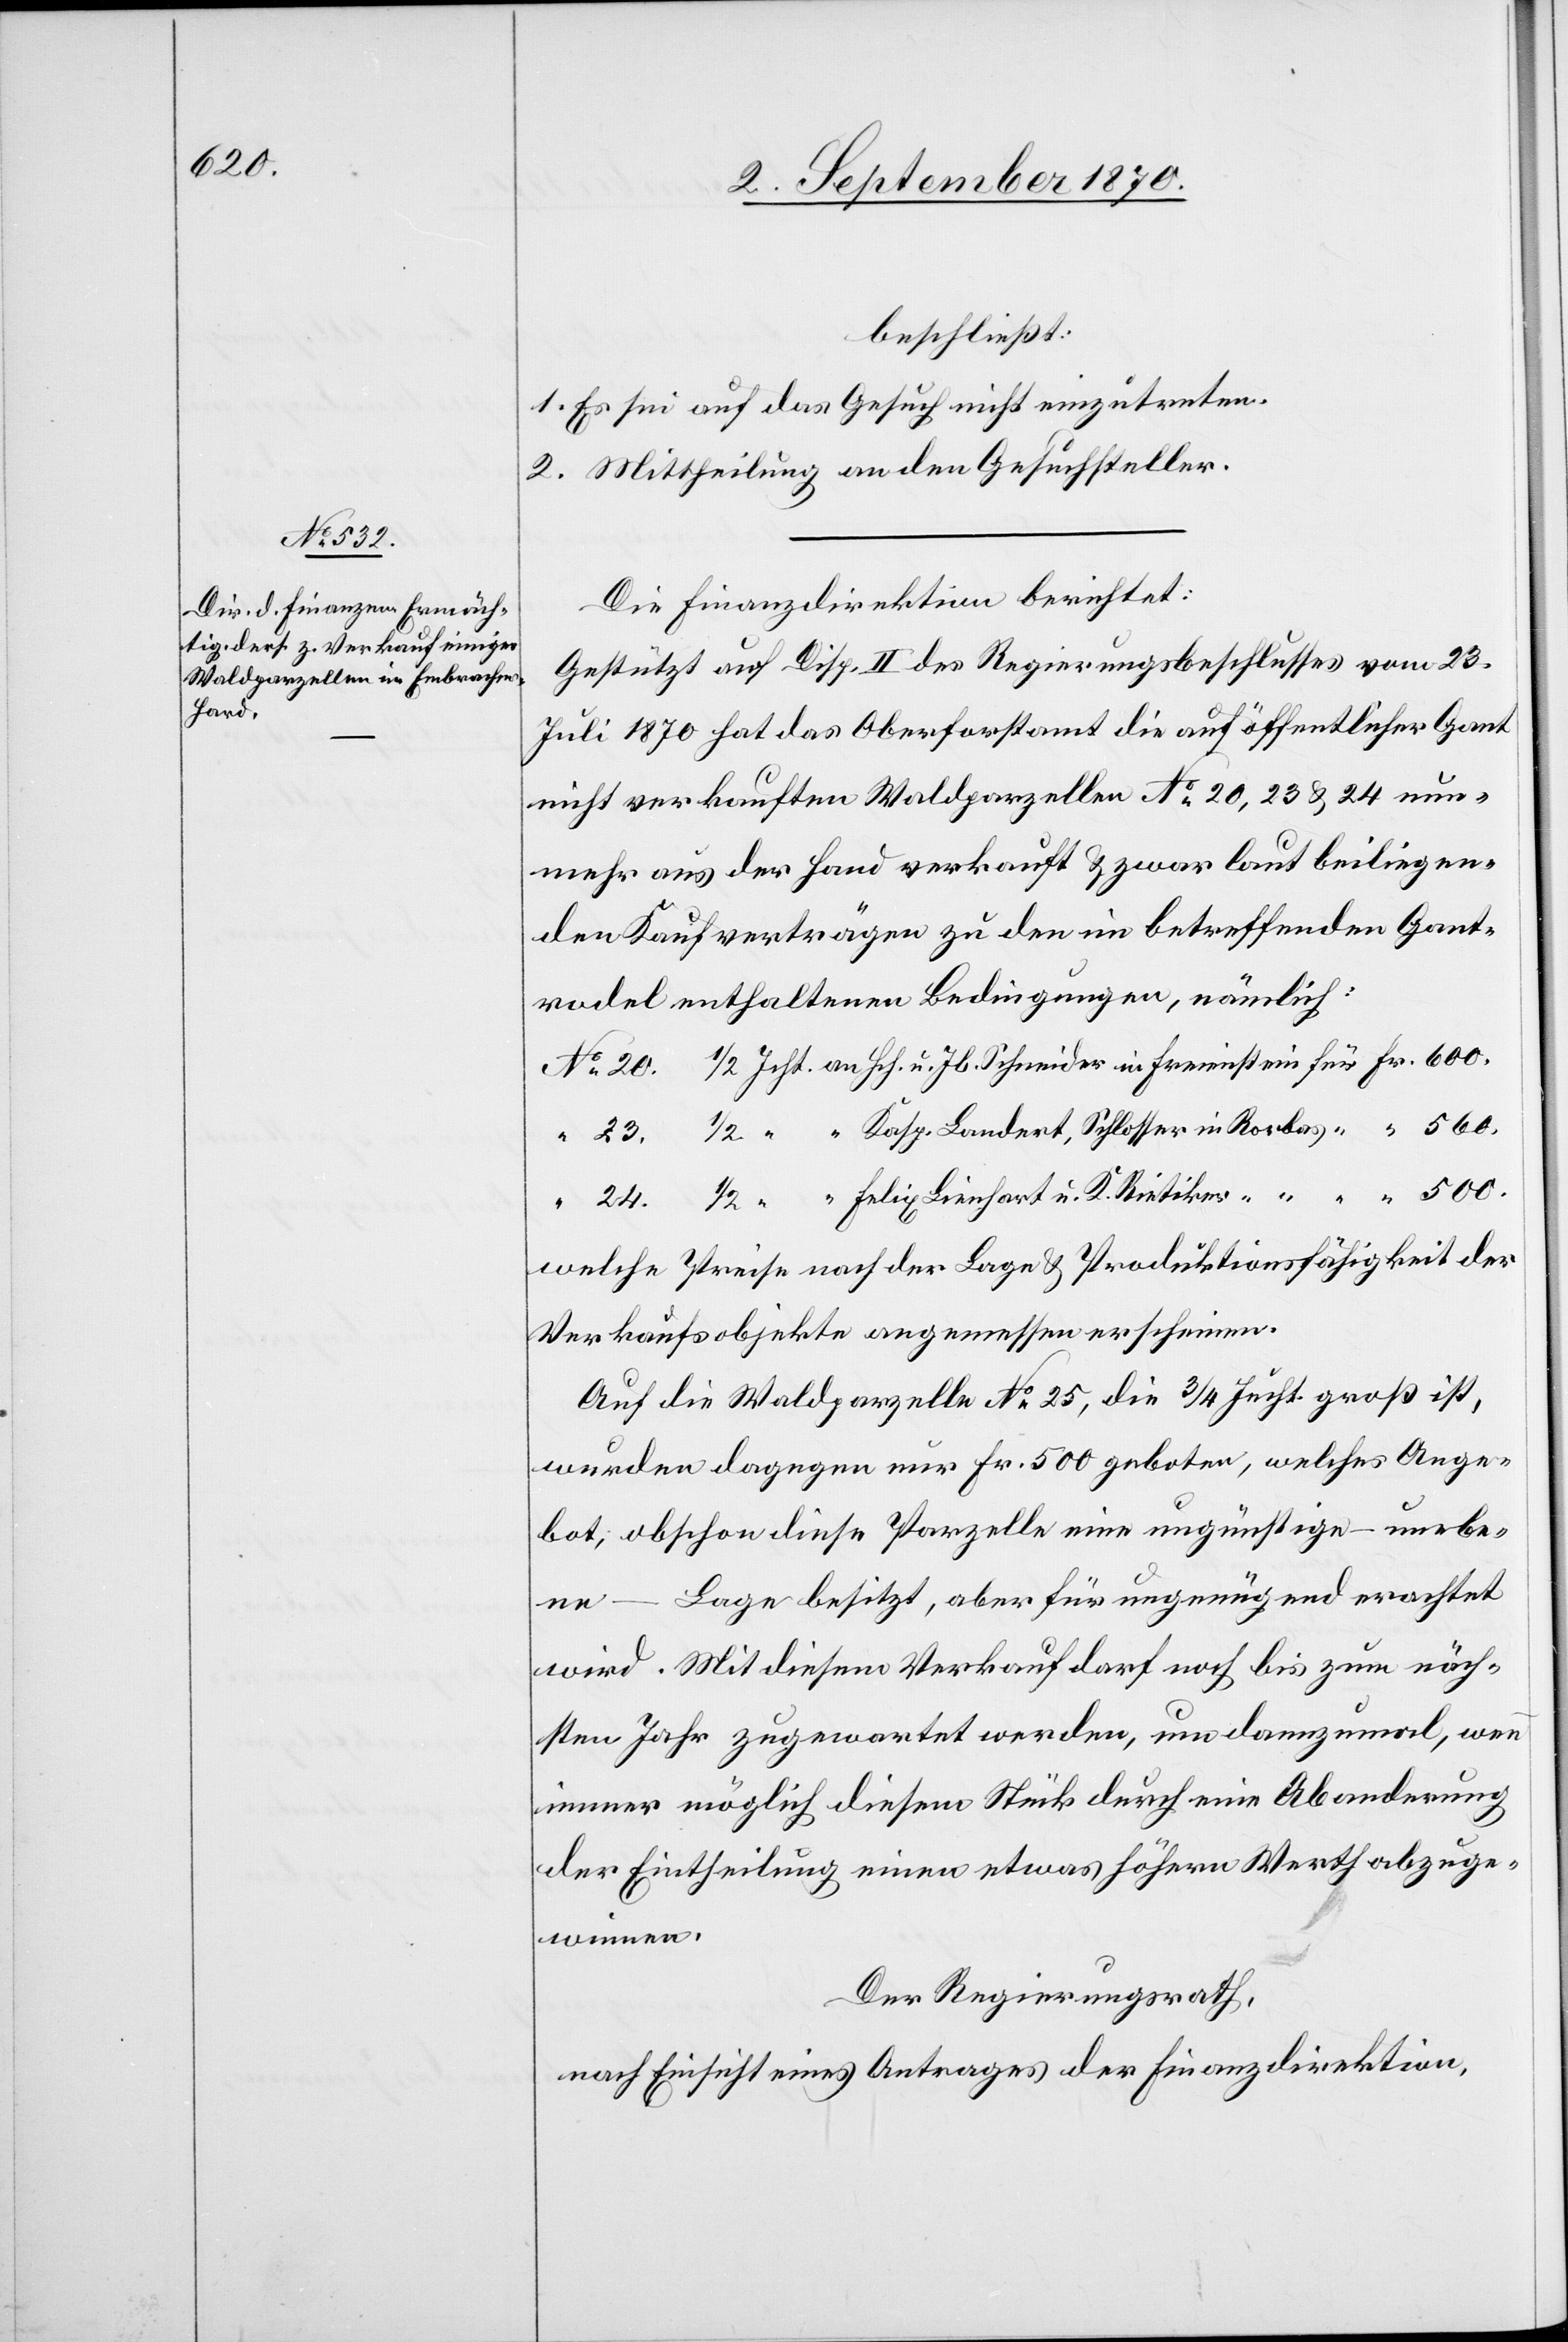
500.

beschließt:
1. Es sei auf das Gesuch nicht einzutreten.
2. Mittheilung an den Gesuchsteller.
Die Finanzdirektion berichtet:
Gestützt auf Disp. II des Regierungsbeschlusses vom 23.
Juli 1870 hat das Oberforstamt die auf öffentlicher Gant
nicht verkauften Waldparzellen No 20, 23 & 24 nun¬
mehr aus der Hand verkauft & zwar laut beiliegen¬
den Kaufverträgen zu den im betreffenden Gant¬
rodel enthaltenen Bedingungen, nämlich:
welche Preise nach der Lage & Produktionsfähigkeit der
Verkaufsobjekte angemessen erscheinen.
Auf die Waldparzelle No 25, die 3/4 Jucht. groß ist,
wurden dagegen nur Fr. 500 geboten, welches Ange¬
bot, obschon diese Parzelle eine ungünstige – unebe¬
ne – Lage besitzt, aber für ungenügend erachtet
wird. Mit diesem Verkauf darf noch bis zum näch¬
sten Jahr zugewartet werden, um dannzumal, wenn
immer möglich diesem durch eine Abanderung
der Eintheilung einen etwas höhern Werth abzuge¬
winnen.
Der Regierungsrath,
nach Einsicht eines Antrages der Finanzdirektion,